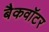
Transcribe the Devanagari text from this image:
बैकवॉटर